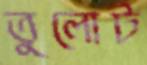
তুলোট